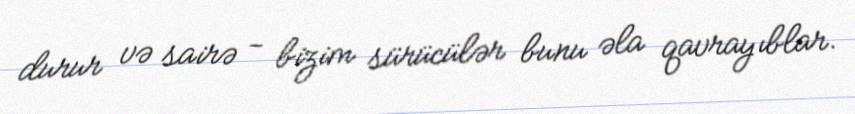
durur və sairə - bizim sürücülər bunu əla qavrayıblar.